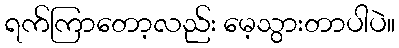
ရက်ကြာတော့လည်း မေ့သွားတာပါပဲ။